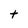
Character: t